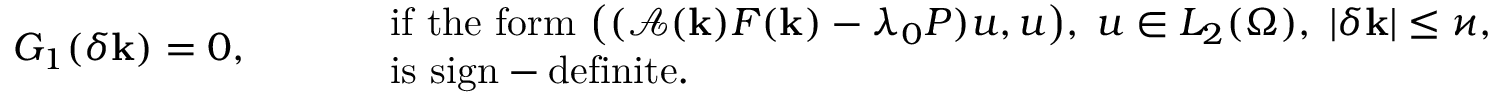
G _ { 1 } ( \delta \mathbf { k } ) = 0 , \qquad \begin{array} { r l } & { \mathrm { i f ~ t h e ~ f o r m ~ } \bigl ( ( \mathcal { A } ( \mathbf { k } ) F ( \mathbf { k } ) - \lambda _ { 0 } P ) u , u \bigr ) , \; u \in L _ { 2 } ( \Omega ) , \; | \delta \mathbf { k } | \le \varkappa , } \\ & { \mathrm { i s ~ s i g n - d e f i n i t e . } } \end{array}